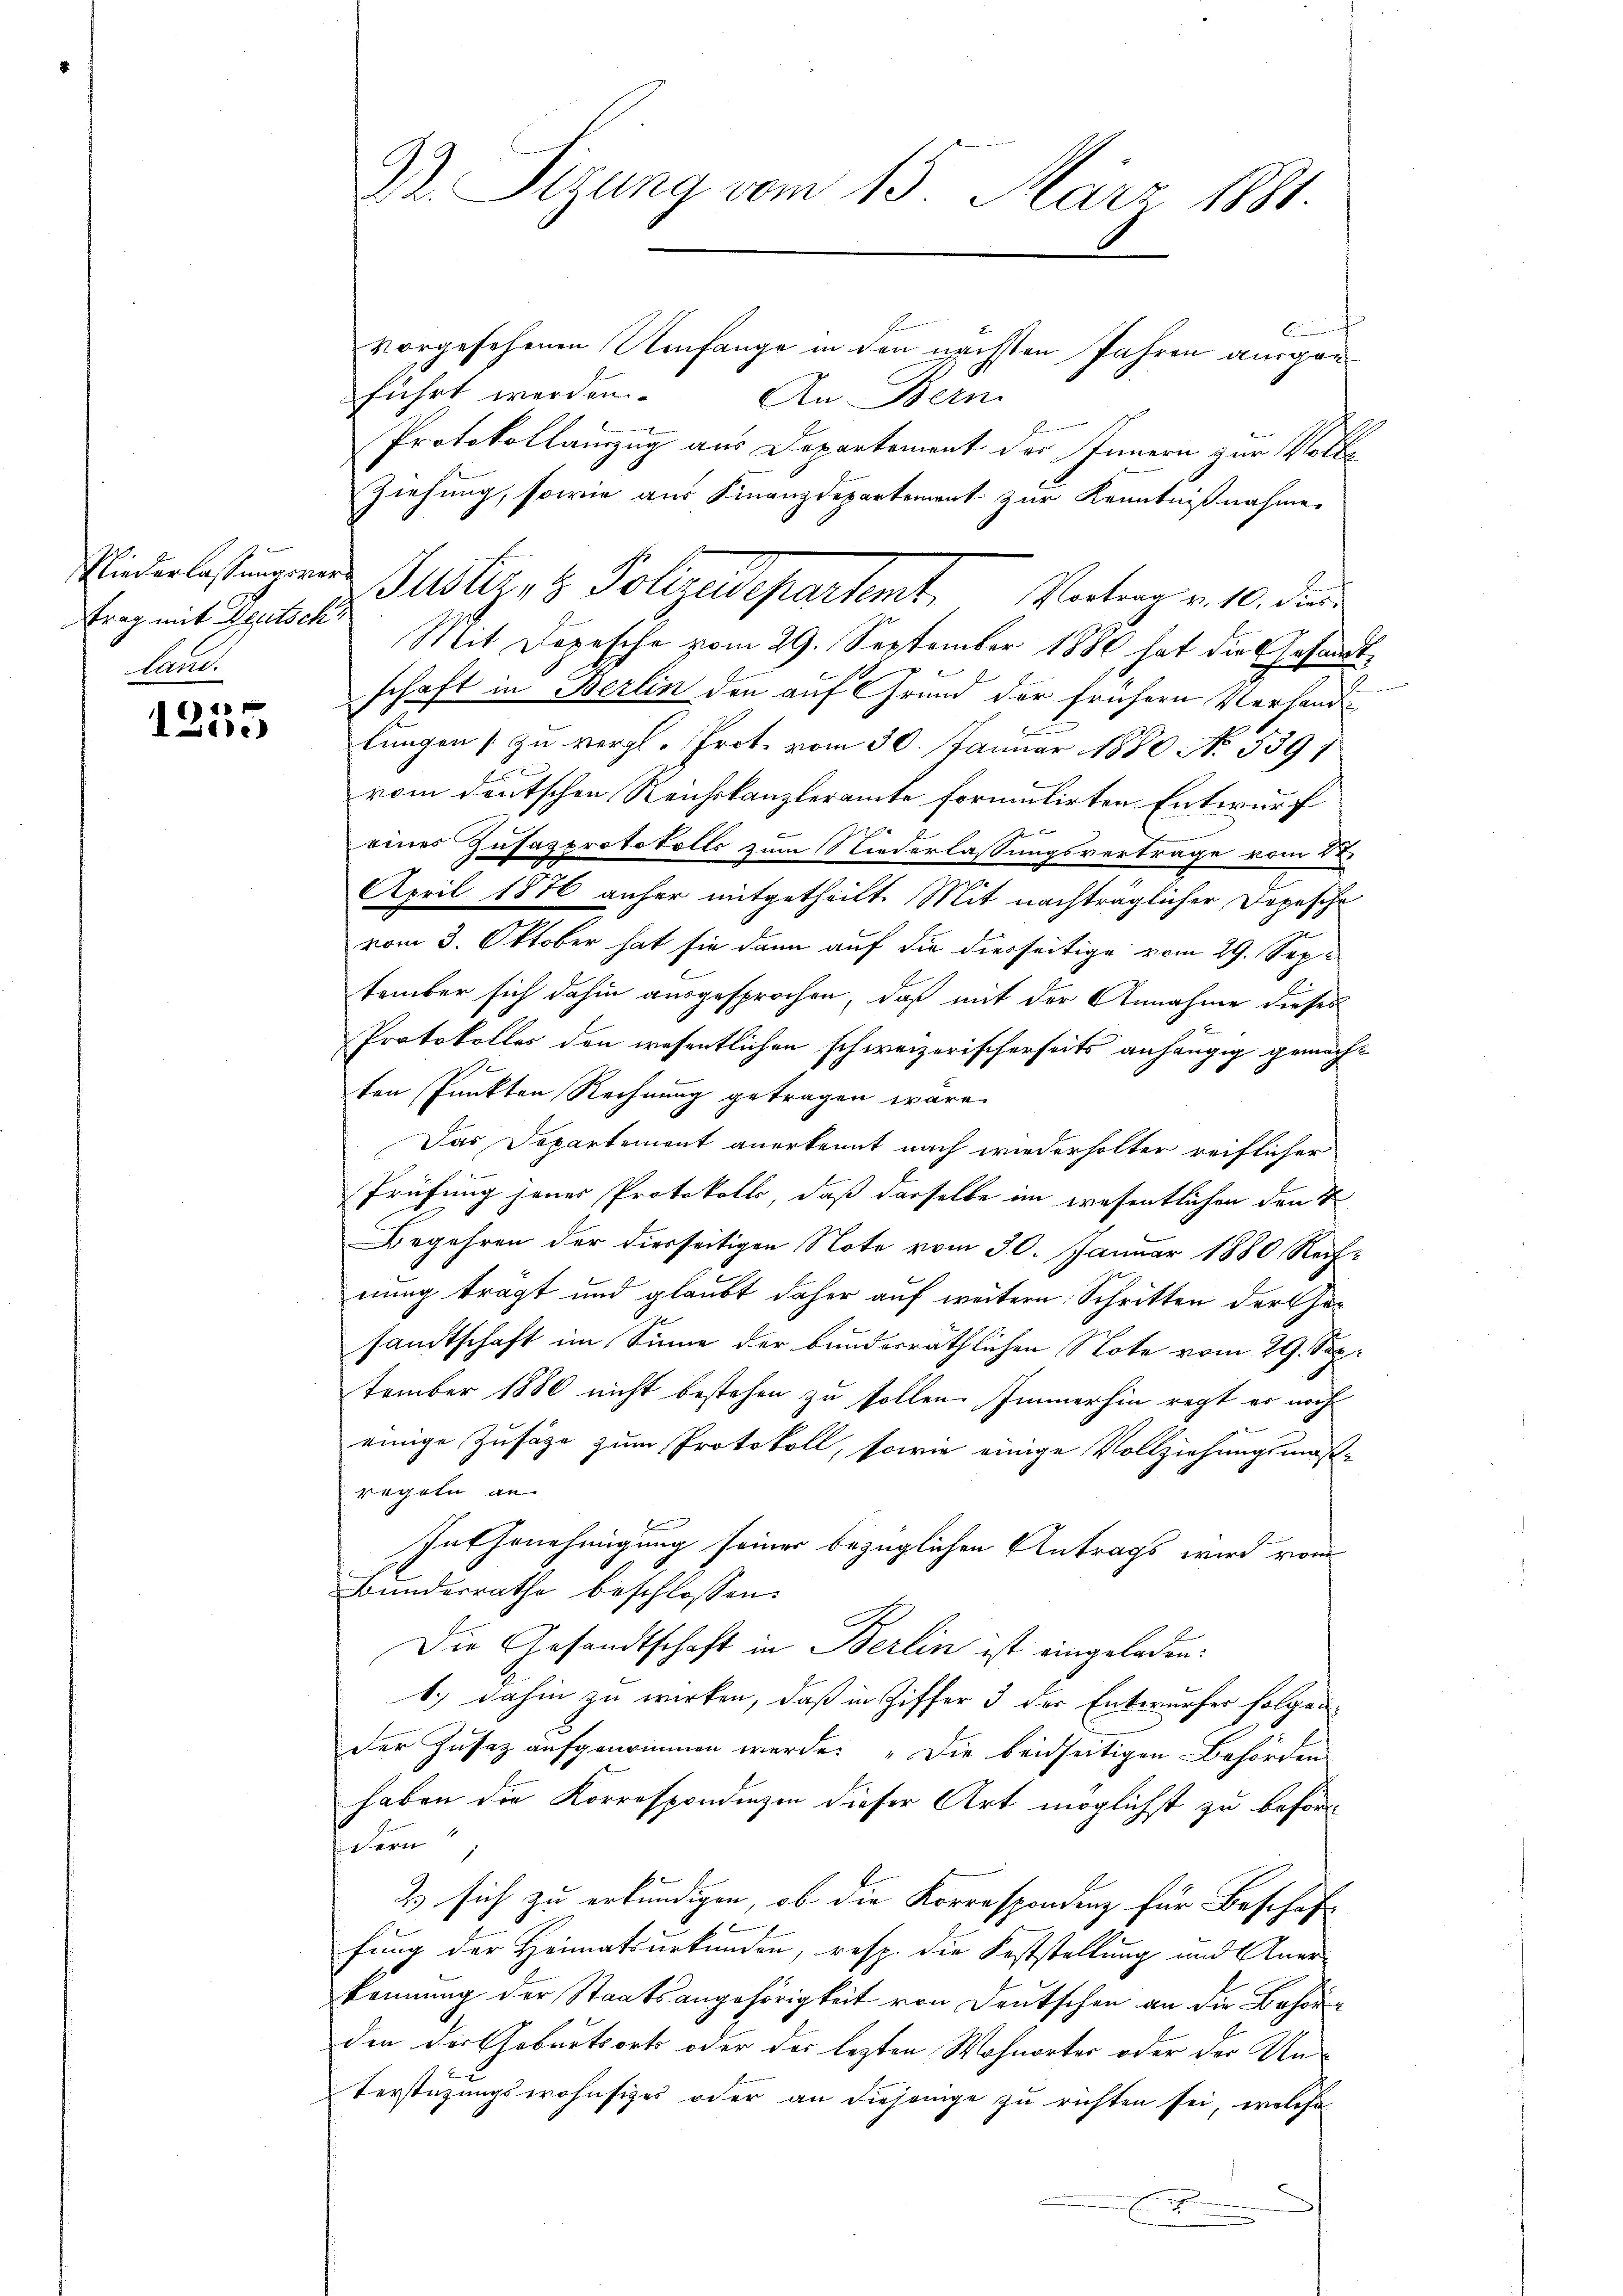
trag mit Deutsch
land.

t
111.)

vorgesehenen Umfange in den nächsten Jahren ausgen
führt werden. An Bern
Protokollanzug aus Departement des Innern zur Volke
Ziehung, sowie aus Finanzdepartement zur Kenntnißnahme
Mit Dopesche vom 29. September 1886 hat die Gesandt¬
Bemerk
schaft in Berlin den auf Grund der frühern Vorhandlungen zu vergl. Prot. vom 30. Januar 1880 No. 539
vom deutschen Reichskanzleramte formulirten Entwurf
2
7
eines Zusasprotokolls zum Niederlassungsvertrage vom 22.
April 1876 anher mitgetheilt. Mit nachträglicher Dopesche
vom 3. Oktober hat sie dann auf die diesseitige vom 29. September sich dahin ausgesprochen, daß mit der Annahme dieses
Protokolles den wesentlichen schweizerischerseits anhängig gemacht
ten Punkten Rechnung getragen wäre.
Das Departement anerkennt nach wiederholter reiflicher
l
Prüfung jenes Protokolle, daß dasselbe im wesentlichen den T
Begehren der diesseitigen Note vom 30. Januar 1880 Rechnung trägt und glaubt daher auf weitern Schritten der Gesandtschaft im Sinne der bunderräthlichen Note vom 29. Sep.
tember 1880 nicht bestehen zu sollen. Immerhin regt er noch
einige Zusätze zum Protokoll, sowie einige Vollziehungsmaß-
regeln an.
Int Genehmigung seiner bezüglichen Antrags wird vom
Bunderrathe beschlossen:
Die Gesandtschaft in Berlin ist eingeladen:
1.) Dahin zu wirken, daß in Ziffer 3 der Entwurfer folgender Zusaz aufgenommen werde: „Die beidseitigen Behörden
haben die Korrespondingen dieser Art möglichst zu beförse
2) sich zu erkundigen, ob die Korrespondenz für Beschaft
fung der Heimatsurkunden, resp. die Feststellung und Aner-
kennung der Staatsangehörigkeit von Deutschen an die Behörden dir hoburtsorts oder das lezten Wohnorter oder der Un-
terstüzungswohnsitzes oder an diejenige zu richten sei, welche
E

Dr. Sigung vom 15. März 1881.

Gliederlastungenen Muster, 1 Polizeidepartemt. Vortrag v. 10. die